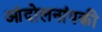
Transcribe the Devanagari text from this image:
आंदोलनांपकी